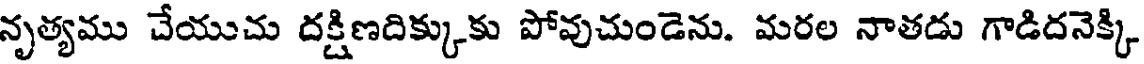
నృత్యము చేయుచు దక్షిణదిక్కుకు పోవుచుండెను. మరల నాతడు గాడిదనెక్కి